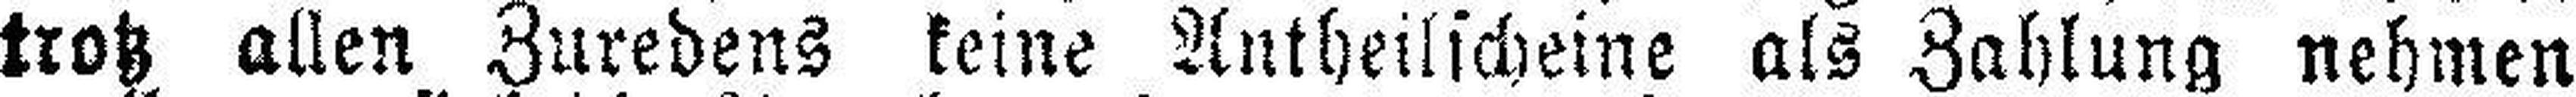
trotz allen Zuredens keine Antheilscheine als Zahlung nehmen